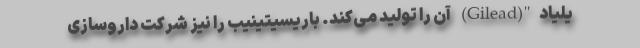
یلیاد"(Gilead) آن را تولید می‌کند. باریسیتینیب را نیز شرکت داروسازی